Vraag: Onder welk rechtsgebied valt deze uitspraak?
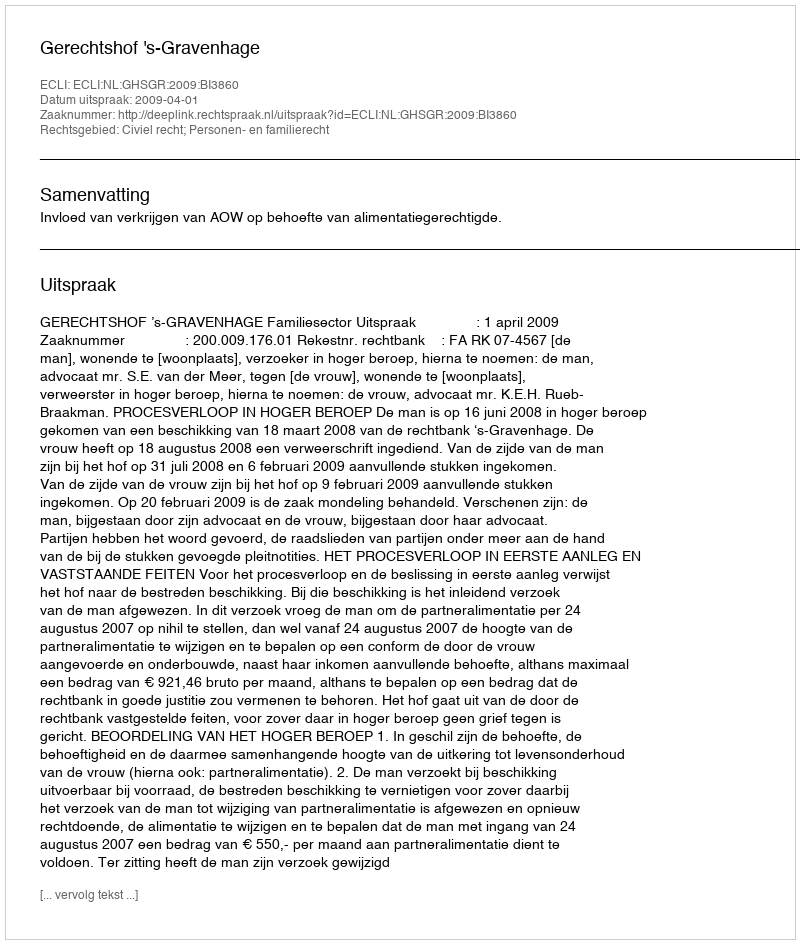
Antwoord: Civiel recht; Personen- en familierecht